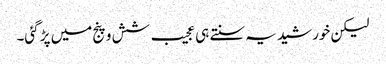
لیکن خورشید یہ سنتے ہی عجیب شش و پنج میں پڑ گئی۔